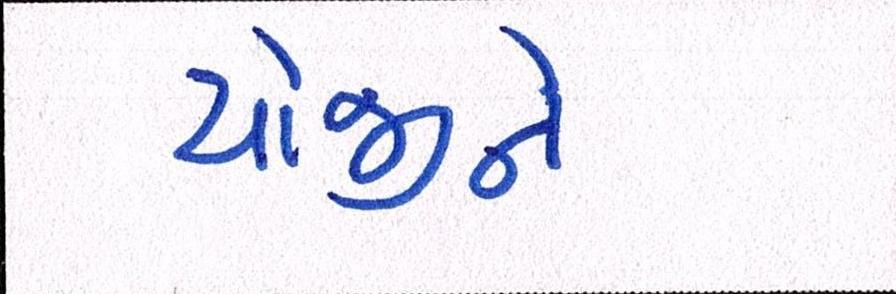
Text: યોજીને